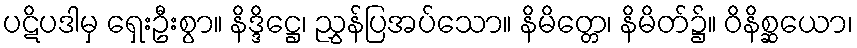
ပဋိပဒါမှ ရှေးဦးစွာ။ နိဒ္ဒိဋ္ဌေ၊ ညွှန်ပြအပ်သော။ နိမိတ္တေ၊ နိမိတ်၌။ ဝိနိစ္ဆယော၊